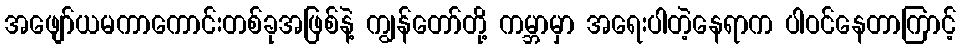
အဖျော်ယမကာကောင်းတစ်ခုအဖြစ်နဲ့ ကျွန်တော်တို့ ကမ္ဘာမှာ အရေးပါတဲ့နေရာက ပါဝင်နေတာကြာင့်